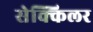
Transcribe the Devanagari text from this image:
सेक्किलर